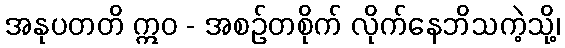
အနုပတတိ ဣဝ - အစဉ်တစိုက် လိုက်နေဘိသကဲ့သို့၊